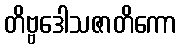
တိဗ္ဗဒေါသဇာတိကော